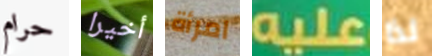
حرام أخيرا امرأة عليه لذا